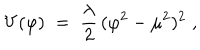
V ( \varphi ) \; = \; \frac { \lambda } { 2 } \, ( \varphi ^ { 2 } - \mu ^ { 2 } ) ^ { 2 } \; ,